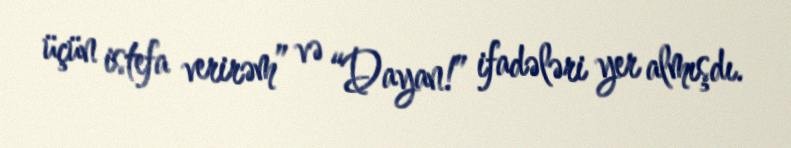
üçün istefa verirəm” və “Dayan!” ifadələri yer almışdı.